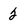
Character: 2